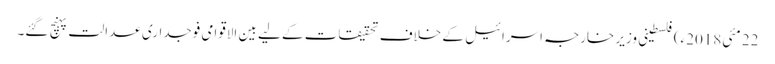
22 مئی2018ء) فلسطینی وزیر خارجہ اسرائیل کے خلاف تحقیقات کے لیے بین الاقوامی فوجداری عدالت پہنچ گئے۔